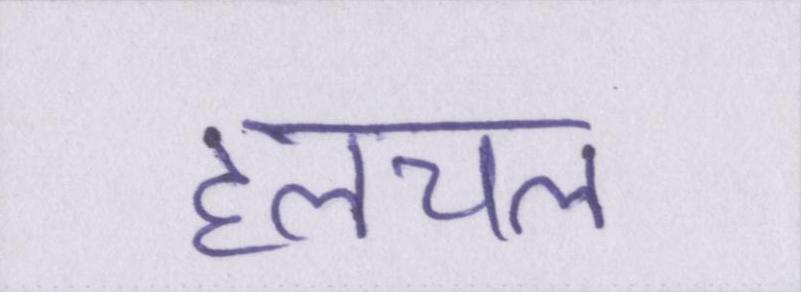
हलचल